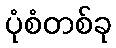
ပုံစံတစ်ခု